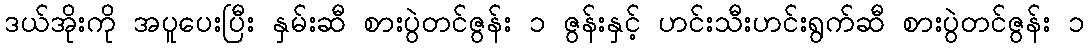
ဒယ်အိုးကို အပူပေးပြီး နှမ်းဆီ စားပွဲတင်ဇွန်း ၁ ဇွန်းနှင့် ဟင်းသီးဟင်းရွက်ဆီ စားပွဲတင်ဇွန်း ၁